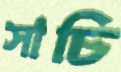
সাচি